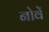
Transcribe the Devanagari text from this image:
नोवें